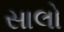
સાલો